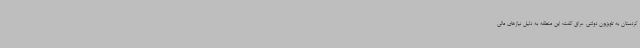
کردستان به تلویزیون دولتی عراق گفت: این منطقه به دلیل نیازهای مالی